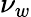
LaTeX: \nu_{w}